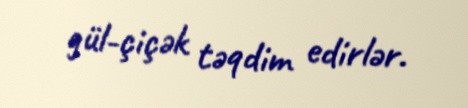
gül-çiçək təqdim edirlər.